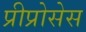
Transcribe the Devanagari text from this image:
प्रीप्रोसेस